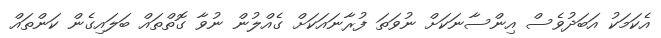
އެކަމަކު އަބަދުވެސް އިންސާނަކަށް ނުވަތަ ފުރާނައަކަށް ގެއްލުން ނުވާ ގޮތްތައް ބަލައިގެން ކަންތައް